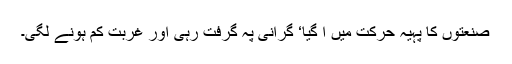
صنعتوں کا پہیہ حرکت میں آ گیا‘ گرانی پہ گرفت رہی اور غربت کم ہونے لگی۔